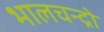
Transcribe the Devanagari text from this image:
भालचन्द्रो